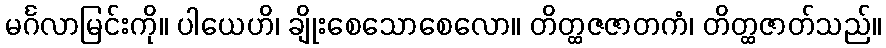
မင်္ဂလာမြင်းကို။ ပါယေဟိ၊ ချိုးစေသောစေလော။ တိတ္ထဇဇာတကံ၊ တိတ္ထဇာတ်သည်။